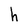
Character: h